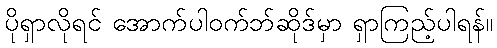
ပိုရှာလိုရင် အောက်ပါဝက်ဘ်ဆိုဒ်မှာ ရှာကြည့်ပါရန်။